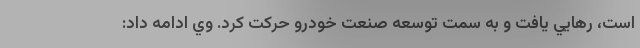
است، رهايي يافت و به سمت توسعه صنعت خودرو حركت كرد. وي ادامه داد: